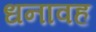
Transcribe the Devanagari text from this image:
धनावह